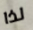
لذا